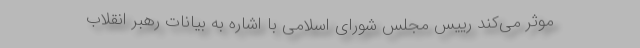
موثر می‌کند رییس مجلس شورای اسلامی با اشاره به بیانات رهبر انقلاب